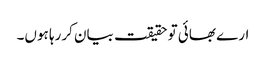
ارے بھائی تو حقیقت بیان کررہا ہوں۔